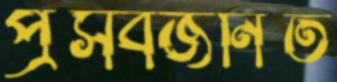
প্রসবজনিত